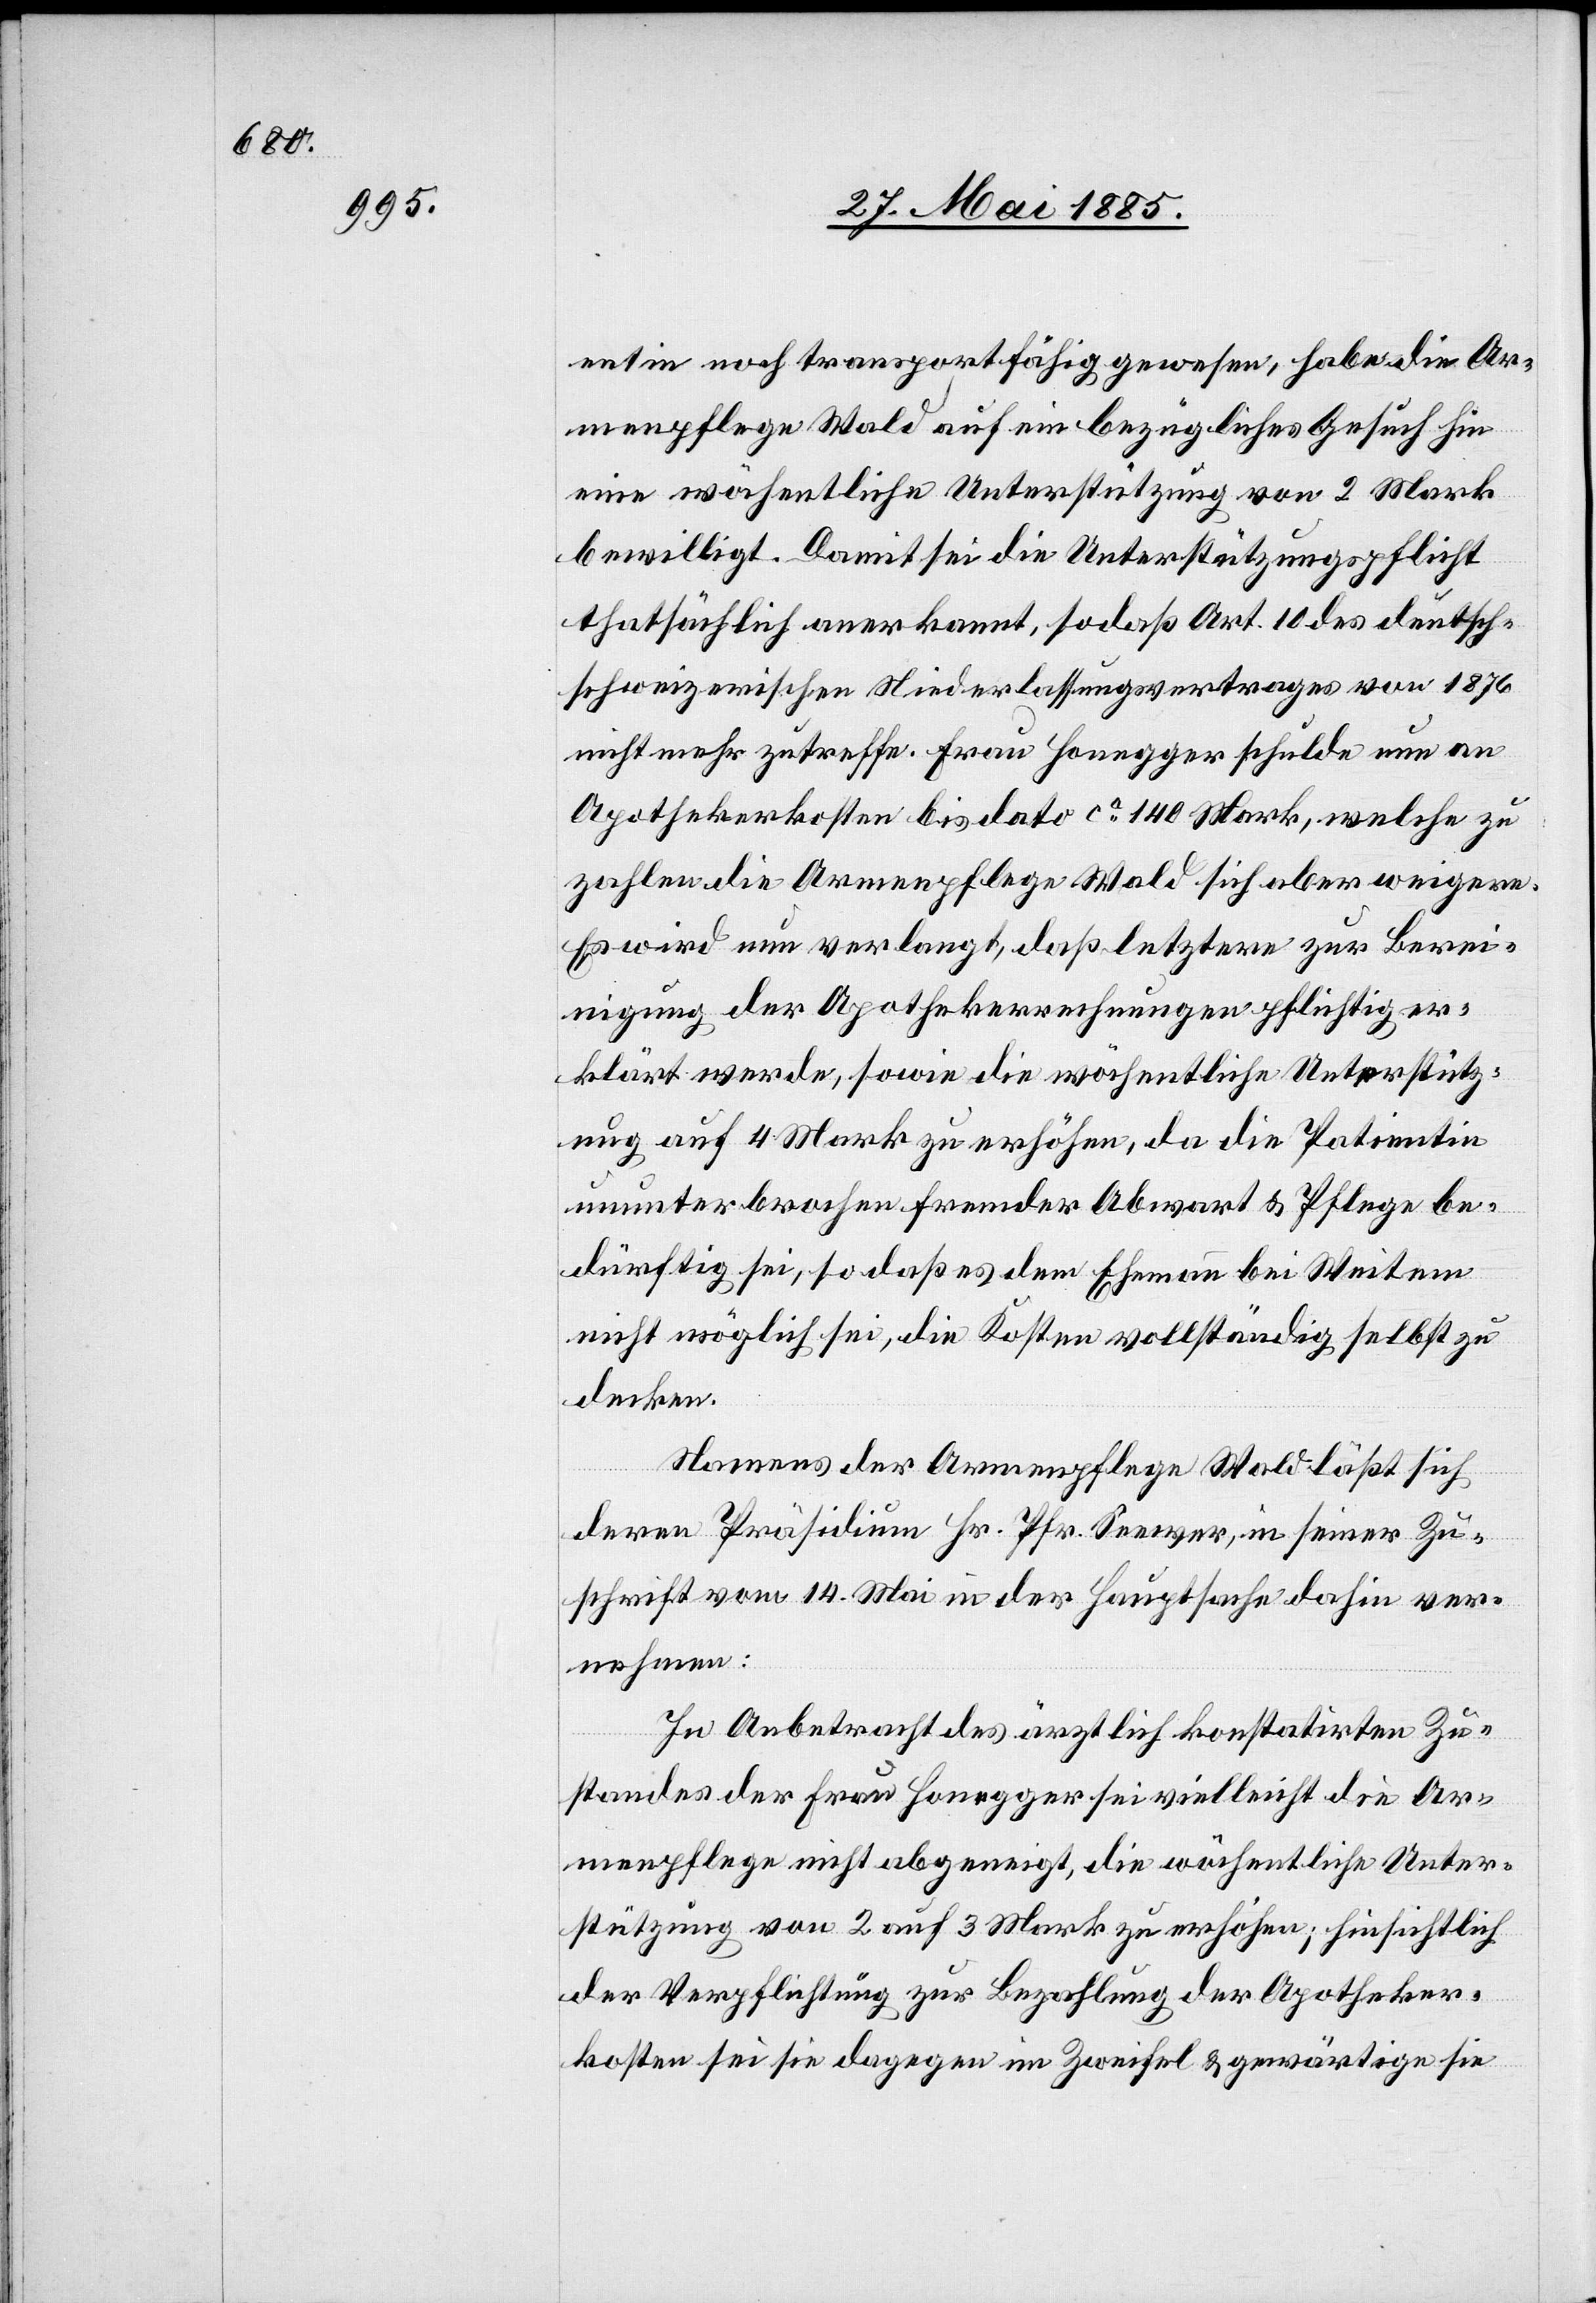
entin noch transportfähig gewesen, habe die Ar¬
menpflege Wald auf ein bezügliches Gesuch hin
eine wöchentliche Unterstützung von 2 Mark
bewilligt. Damit sei die Unterstützungspflicht
thatsächlich anerkannt, sodaß Art. 10 des deutsch-s¬
chweizerischen Niederlassungsvertrages von 1876
nicht mehr zutreffe. Frau Honegger schulde nun an
Apothekerkosten bis dato ca 140 Mark, welche zu
zahlen die Armenpflege Wald sich aber weigere.
Es wird nun verlangt, daß letztere zur Berei¬
nigung der Apothekerrechnungen pflichtig er¬
klärt werde, sowie die wöchentliche Unterstütz¬
ung auf 4 Mark zu erhöhen, da die Patientin
ununterbrochen fremder Abwart & Pflege be¬
dürftig sei, so daß es dem Ehemann bei Weitem
nicht möglich sei, die Kosten vollständig selbst zu
decken.
Namens der Armenpflege Wald läßt sich
deren Präsidium Hr. Pfr. Seewer, in seiner Zu¬
schrift vom 14. Mai in der Hauptsache dahin ver¬
nehmen:
In Anbetracht des ärztlich konstatirten Zu¬
standes der Frau Honegger sei vielleicht die Ar¬
menpflege nicht abgeneigt, die wöchentliche Unter¬
stützung von 2 auf 3 Mark zu erhöhen; hinsichtlich
der Verpflichtung zur Bezahlung der Apotheker¬
kosten sei sie dagegen im Zweifel & gewärtige sie